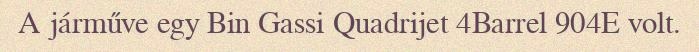
A járműve egy Bin Gassi Quadrijet 4Barrel 904E volt.